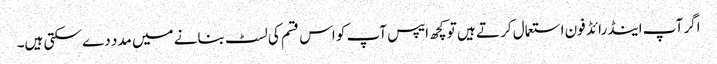
اگر آپ اینڈرائڈ فون استعمال کر تے ہیں تو کچھ ایپس آپ کو اس قسم کی لسٹ بنانے میں مدد دے سکتی ہیں۔